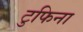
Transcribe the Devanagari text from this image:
टुफिना